Vaccination Hyderabad 1890-1903 - 1890-1903
Year: 1890
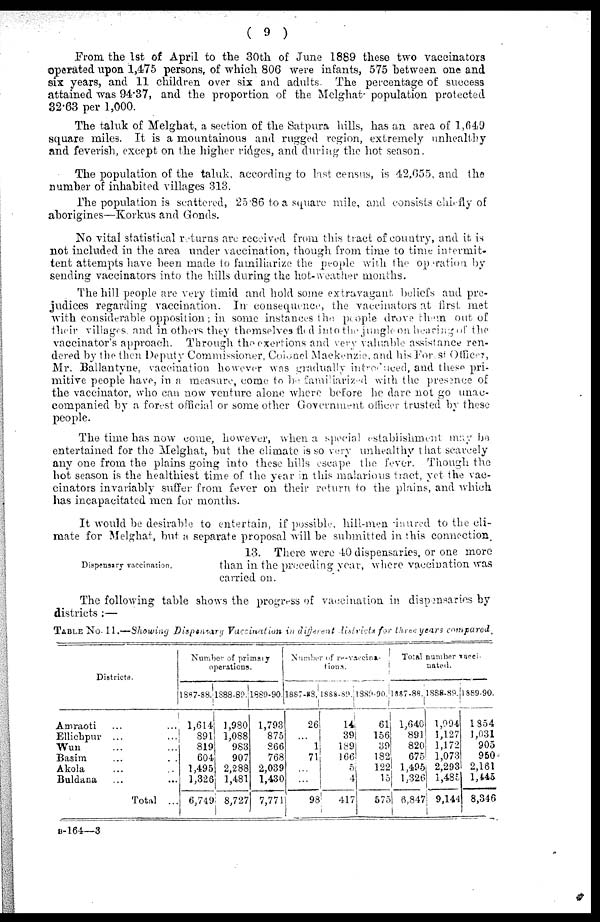
( 9 )
From the 1st of April to the 30th of June 1889 these two vaccinators
operated upon 1,475 persons, of which 806 were infants, 575 between one and
six years, and 11 children over six and adults. The percentage of success
attained was 94.37, and the proportion of the Melghat population protected
32.63 per 1,000.
The taluk of Melghat, a section of the Satpura hills, has an area of 1,649
square miles. It is a mountainous and rugged region, extremely unhealthy
and feverish, except on the higher ridges, and during the hot season.
The population of the taluk, according to last census, is 42,655, and the
number of inhabited villages 313.
The population is scattered, 25.86 to a square mile, and consists chiefly of
aborigines—Korkus and Gonds.
No vital statistical returns are received from this tract of country, and it is
not included in the area under vaccination, though from time to time intermit-
tent attempts have been made to familiarize the people with the operation by
sending vaccinators into the hills during the hot-weather months.
The hill people are very timid and hold some extravagant beliefs and pre-
judices regarding vaccination. In consequence, the vaccinators at first, met
with considerable opposition; in some instances the people drove them out, of
their villages, and in others they themselves flud into the jungle on hearing of the
vaccinator's approach. Through the exertions and very valuable assistance ren-
dered by the then Deputy Commissioner, Colonel Mackenzie, and his Forest Officer,
Mr. Ballantyne, vaccination however was gradually introduced, and these pri-
mitive people have, in a measure, come to be familiarized with the presence of
the vaccinator, who can now venture alone where before he dare not go unac-
companied by a forest official or some other Government officer trusted by these
people.
The time has now come, however, when a special establishment may be
entertained for the Melghat, but the climate is so very unhealthy that scarcely
any one from the plains going into these hills escape the fever. Though the
hot season is the healthiest time of the year in this malarious tract, yet the vac-
cinators invariably suffer from fever on their return to the plains, and which
has incapacitated men for months.
It would be desirable to entertain, if possible, hill-men inured to the cli-
mate for Melghat, but a separate proposal will be submitted in this connection.
Dispensary vaccination.
13. There were 40 dispensaries, or one more
than in the preceding year, where vaccination was
carried on.
The following table shows the progress of vaccination in dispensaries by
districts :—
TABLE No. 11.—Showing Dispensary Vaccination in different districts for three years compared.
Districts.
Amraoti ... ...
Ellichpur ...
Wun ... ...
Basim ... ...
Akola ... ...
Buldana ... ...
Total ...
Number of primary
operations.
1887-88.
1,614
891
819
604
1,495
1,326
6,749
1888-89.
1,980
1,088
983
907
2,288
1,481
8,727
1889-90.
1,793
875
866
768
2,039
1,430
7,771
Number of re-vaccina¬
tions.
1887-88.
26
...
1
71
...
...
98
1888-89.
14
39
189
166
5
4
417
1889-90.
61
156
39
182
122
15
575
Total number vacci¬
nated.
1887-88.
1,640
891
820
675
1,495
1,326
6,847
1888-89.
1,094
1,127
1,172
1,073
2,293
1,485
9,144
1889-90.
1854
1,031
905
950*
2,161
1,445
8,346
B-164—3